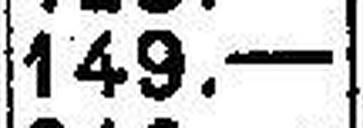
149.—